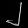
Digit: ၂